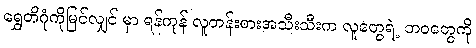
ရွှေတိဂုံကိုမြင်လျှင် မှာ ရန်ကုန် လူတန်းစားအသီးသီးက လူတွေရဲ့ ဘဝတွေကို